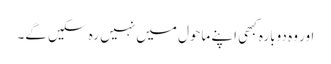
اور وہ دوبارہ کبھی اپنے ماحول میں نہیں رہ سکیں گے۔